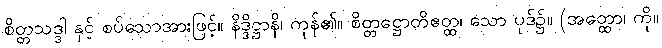
စိတ္တသဒ္ဒါ နှင့် စပ်သောအားဖြင့်။ နိဒ္ဒိဋ္ဌာနိ၊ ကုန်၏။ စိတ္တဋ္ဌောတိဧတ္ထ၊ သော ပုဒ်၌။ (အတ္ထော၊ ကို။